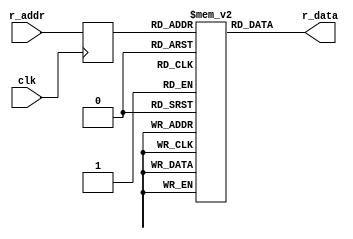
module matrix_rom #(parameter M = 256, N = 128, MEM_INIT_FILE = "")
   (input clk,
    input [7:0] r_addr,
    output [N-1:0] r_data);

   reg [N-1:0] ram[0:M-1];
   reg [7:0] r_addr_reg;

   initial begin
      if (MEM_INIT_FILE != "") begin
	 $readmemh(MEM_INIT_FILE, ram);
      end
   end

   always @(posedge clk) begin
      r_addr_reg <= r_addr;
   end

   assign r_data = ram[r_addr_reg];

endmodule